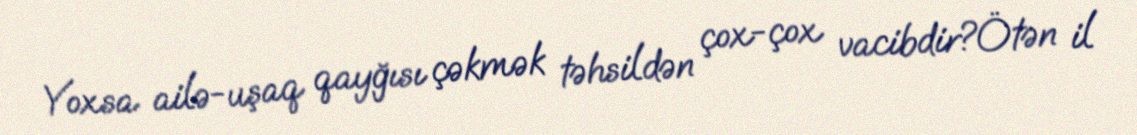
Yoxsa ailə-uşaq qayğısı çəkmək təhsildən çox-çox vacibdir?Ötən il